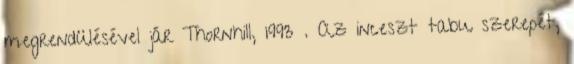
megrendülésével jár Thornhill, 1993 . Az inceszt tabu szerepét,